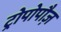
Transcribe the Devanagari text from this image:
ट्रोपोपौज़